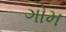
ગોમ